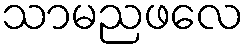
သာမညဖလေ